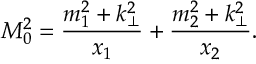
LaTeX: M _ { 0 } ^ { 2 } = { \frac { m _ { 1 } ^ { 2 } + k _ { \bot } ^ { 2 } } { x _ { 1 } } } + { \frac { m _ { 2 } ^ { 2 } + k _ { \bot } ^ { 2 } } { x _ { 2 } } } .